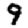
Digit: 9